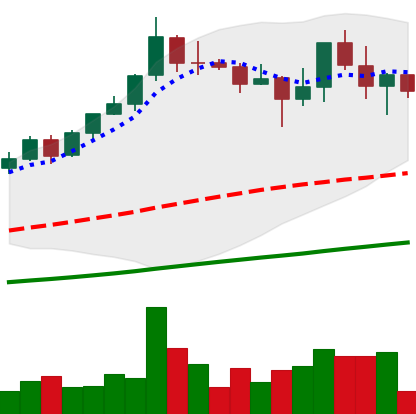
Ticker: BNB-USD
Chart end date: 2021-04-24
Forward return: 20.808%
Label: up_7plus